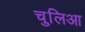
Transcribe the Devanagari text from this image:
चुलिआ